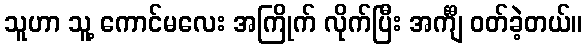
သူဟာ သူ့ ကောင်မလေး အကြိုက် လိုက်ပြီး အင်္ကျီ ဝတ်ခဲ့တယ်။